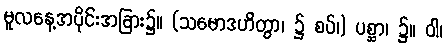
မူလနေ့အပိုင်းအခြား၌။ (သမောဒဟိတွာ၊ ၌ စပ်၊) ပစ္ဆာ၊ ၌။ ဝါ၊